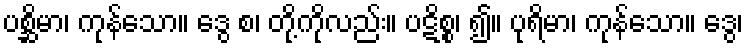
ပစ္ဆိမာ၊ ကုန်သော။ ဒွေ စ၊ တို့ကိုလည်း။ ပဋိစ္စ၊ ၍။ ပုရိမာ၊ ကုန်သော။ ဒွေ၊